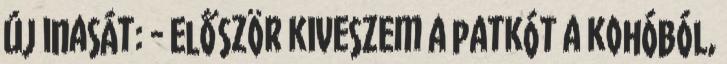
új inasát: - Először kiveszem a patkót a kohóból,